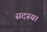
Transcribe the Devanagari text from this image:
सदस्‍य।